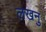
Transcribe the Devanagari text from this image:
लखनु